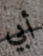
أبي